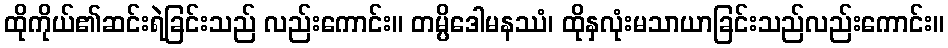
ထိုကိုယ်၏ဆင်းရဲခြင်းသည် လည်းကောင်း။ တမ္ပိဒေါမနဿံ၊ ထိုနှလုံးမသာယာခြင်းသည်လည်းကောင်း။